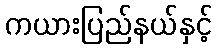
ကယားပြည်နယ်နှင့်